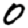
Digit: 0